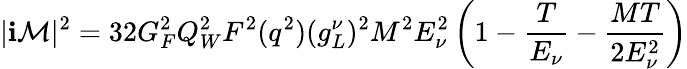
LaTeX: |\mathbf{i}\mathcal{{M}}|^{2}=32G_{F}^{2}Q_{W}^{2}F^{2}(q^{2})(g_{L}^{\nu})^{2}M^{2}E_{\nu}^{2}\left(1-\frac{{T}}{{E_{\nu}}}-\frac{{MT}}{{2E_{\nu}^{2}}}\right)